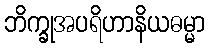
ဘိက္ခုအပရိဟာနိယဓမ္မာ